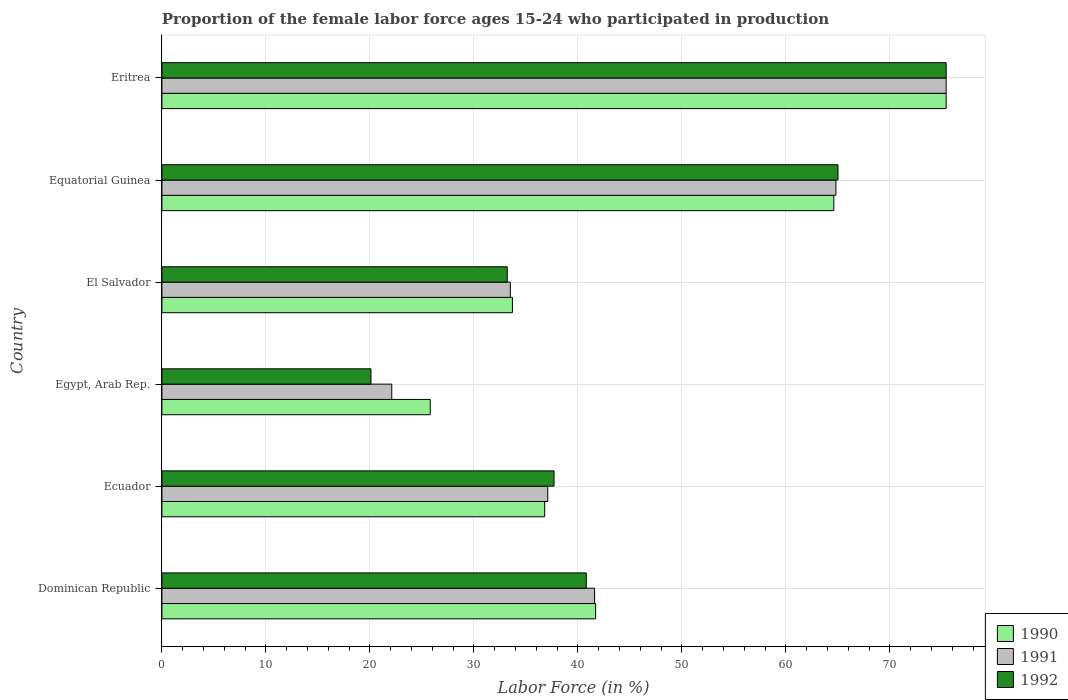
| Country | 1990 | 1991 | 1992 |
 | --- | --- | --- | --- |
 | Dominican Republic | 41.7 | 41.6 | 40.8 |
 | Ecuador | 36.8 | 37.1 | 37.7 |
 | Egypt, Arab Rep. | 25.8 | 22.1 | 20.1 |
 | El Salvador | 33.7 | 33.5 | 33.2 |
 | Equatorial Guinea | 64.6 | 64.8 | 65 |
 | Eritrea | 75.4 | 75.4 | 75.4 |